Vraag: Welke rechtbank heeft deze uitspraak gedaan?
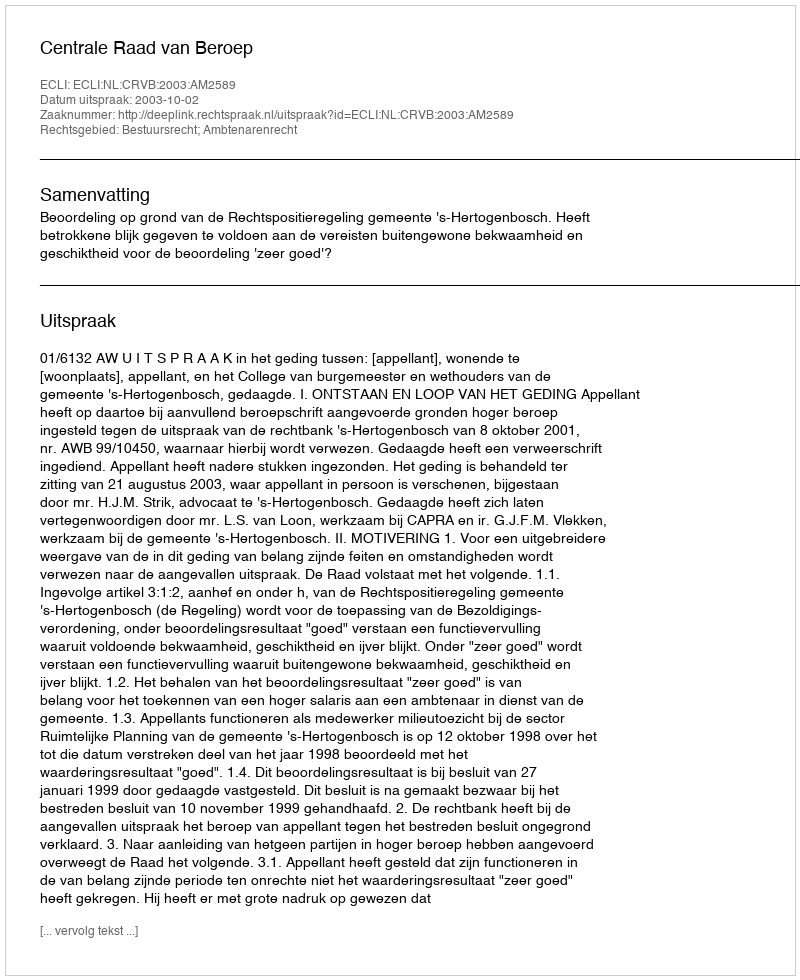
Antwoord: Centrale Raad van Beroep